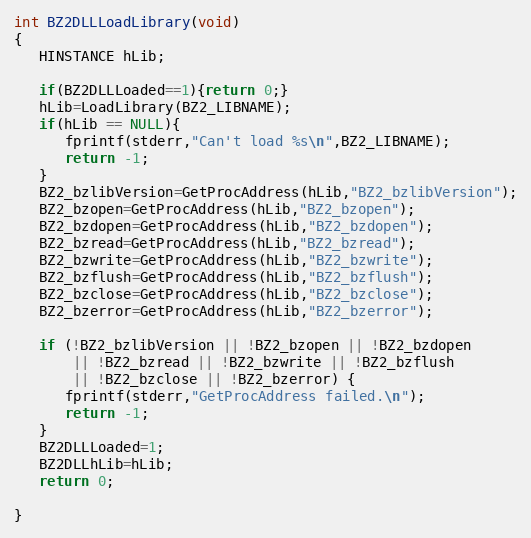
Language: C
int BZ2DLLLoadLibrary(void)
{
   HINSTANCE hLib;

   if(BZ2DLLLoaded==1){return 0;}
   hLib=LoadLibrary(BZ2_LIBNAME);
   if(hLib == NULL){
      fprintf(stderr,"Can't load %s\n",BZ2_LIBNAME);
      return -1;
   }
   BZ2_bzlibVersion=GetProcAddress(hLib,"BZ2_bzlibVersion");
   BZ2_bzopen=GetProcAddress(hLib,"BZ2_bzopen");
   BZ2_bzdopen=GetProcAddress(hLib,"BZ2_bzdopen");
   BZ2_bzread=GetProcAddress(hLib,"BZ2_bzread");
   BZ2_bzwrite=GetProcAddress(hLib,"BZ2_bzwrite");
   BZ2_bzflush=GetProcAddress(hLib,"BZ2_bzflush");
   BZ2_bzclose=GetProcAddress(hLib,"BZ2_bzclose");
   BZ2_bzerror=GetProcAddress(hLib,"BZ2_bzerror");

   if (!BZ2_bzlibVersion || !BZ2_bzopen || !BZ2_bzdopen
       || !BZ2_bzread || !BZ2_bzwrite || !BZ2_bzflush
       || !BZ2_bzclose || !BZ2_bzerror) {
      fprintf(stderr,"GetProcAddress failed.\n");
      return -1;
   }
   BZ2DLLLoaded=1;
   BZ2DLLhLib=hLib;
   return 0;

}